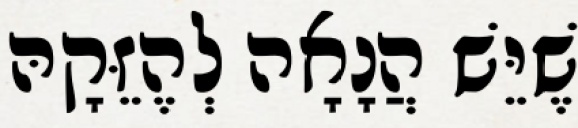
שֶׁיֵּשׁ הֲנָאָה לְהֶזֵּקָהּ